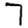
Digit: 7